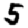
Digit: 5